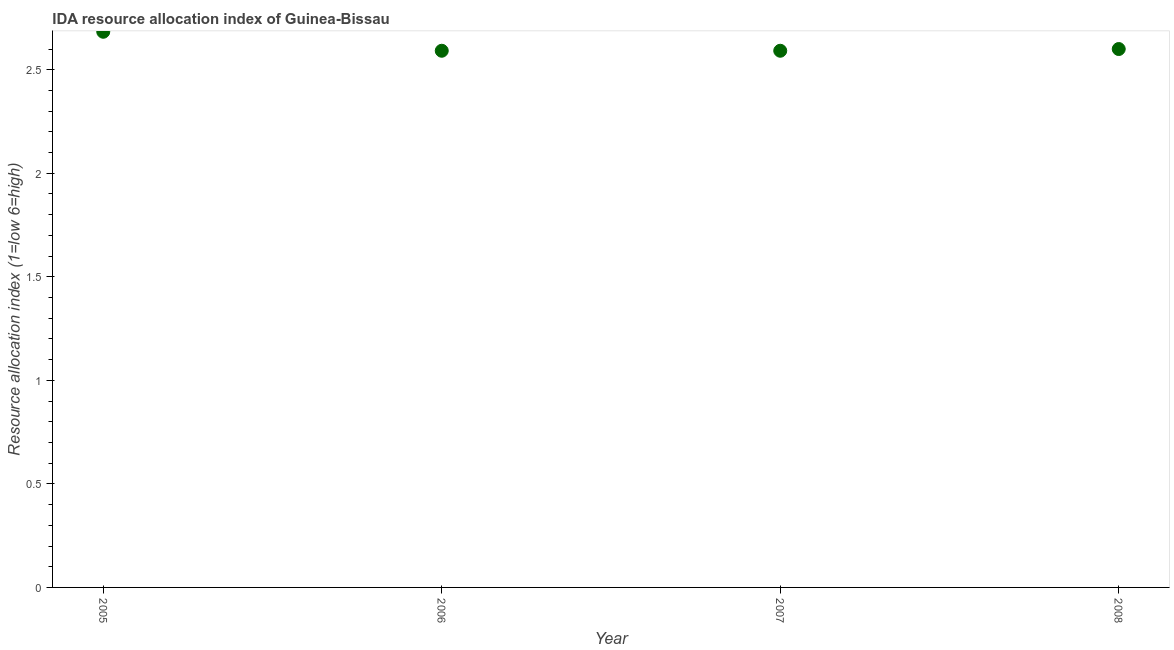
| Year | IDA resource allocation index |
 | --- | --- |
 | 2005 | 2.68 |
 | 2006 | 2.59 |
 | 2007 | 2.59 |
 | 2008 | 2.6 |